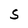
Character: S